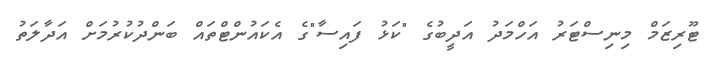
ޓޫރިޒަމް މިނިސްޓަރު އަހްމަދު އަދީބުގެ "ކަޅު ފައިސާ"ގެ އެކައުންޓްތައް ބަންދުކުރުމަށް އަދާލަތު